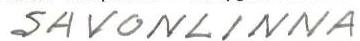
SAVONLINNA